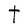
Character: t